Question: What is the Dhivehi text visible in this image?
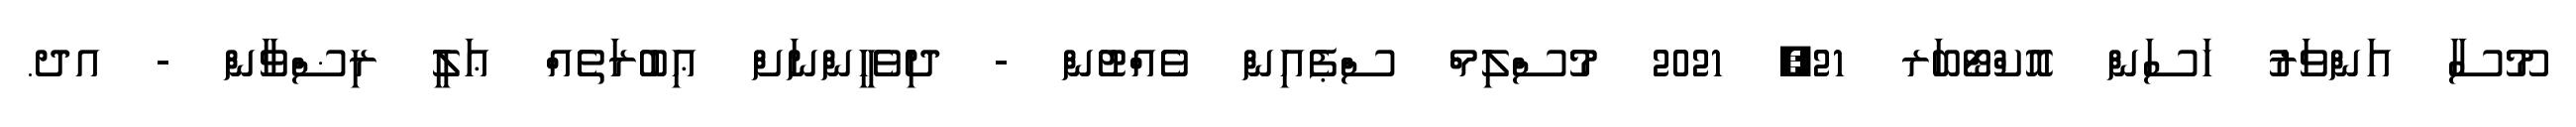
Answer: މޫސާ އަންވަރު ހަސަން އޮކްޓޯބަރ 21, 2021 މުސްލިމް ސްޕެއިން ވެއްޓުން - ދިވެހީންނަށް ޢިބުރަތެއް ޢަލީ ރިޟްވާން - އދ.